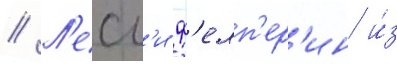
// Л'есл'и ф'елп'ер'ин и́з